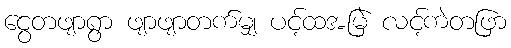
ငွေတဖျာရွာ ဖျာဖျာတက်မျှ ပင့်ထအမြဲ လင့်ကဲတဖြာ